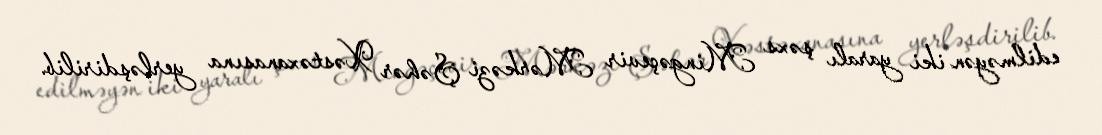
edilməyən iki yaralı şəxs Mingəçevir Mərkəzi Şəhər Xəstəxanasına yerləşdirilib.